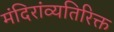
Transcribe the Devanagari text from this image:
मंदिरांव्यतिरिक्त